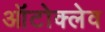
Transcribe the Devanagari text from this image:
ऑटोक्‍लेव